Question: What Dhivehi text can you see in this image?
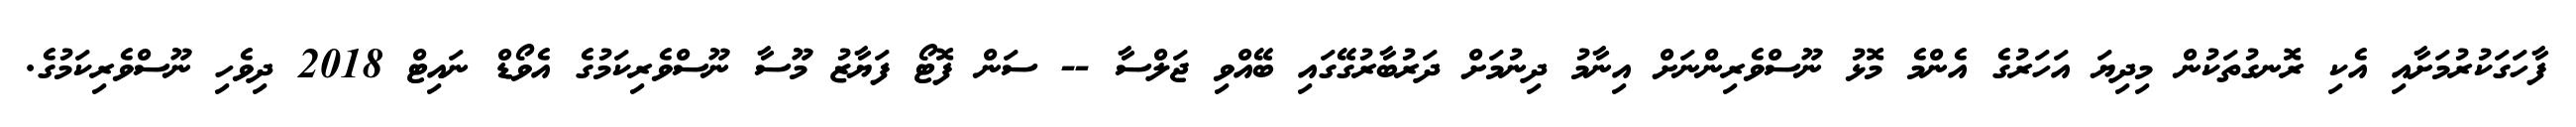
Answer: ފާހަގަކުރުމަށާއި އެކި ރޮނގުތަކުން މިދިޔަ އަހަރުގެ އެންމެ މޮޅު ނޫސްވެރިންނަށް އިނާމު ދިނުމަށް ދަރުބާރުގޭގައި ބޭއްވި ޖަލްސާ -- ސަން ފޮޓޯ ފަޔާޒު މޫސާ ނޫސްވެރިކަމުގެ އެވޯޑް ނައިޓް 2018 ދިވެހި ނޫސްވެރިކަމުގެ.